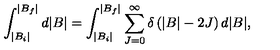
\int _ { | B _ { i } | } ^ { | B _ { f } | } d | B | = \int _ { | B _ { i } | } ^ { | B _ { f } | } \sum _ { J = 0 } ^ { \infty } \delta \left( | B | - 2 J \right) d | B | ,